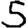
Digit: 5